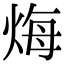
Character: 烸